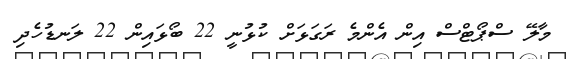
މާލޭ ސްޕޯޓްސް އިން އެންމެ ރަގަޅަށް ކުޅުނީ 22 ބޯޅައިން 22 ލަނޑުހެދި